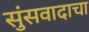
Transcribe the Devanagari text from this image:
सुंसवादाचा